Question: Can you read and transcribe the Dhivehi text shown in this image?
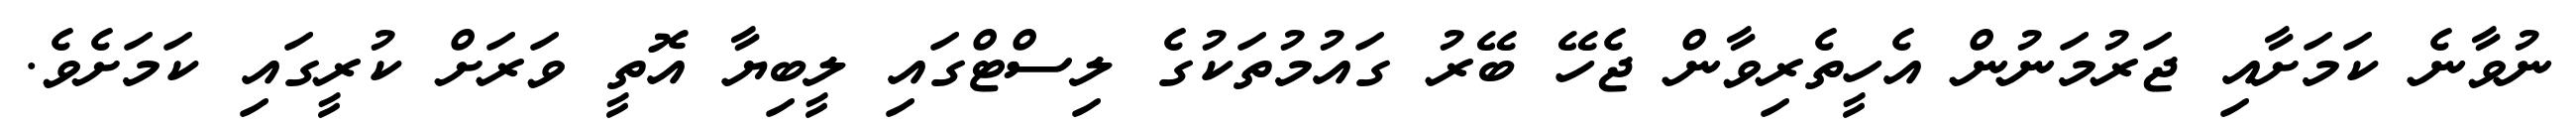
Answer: ނުވާނެ ކަމަށާއި ޖަރުމަނުން އެހީތެރިވާން ޖެހޭ ބޭރު ގައުމުތަކުގެ ލިސްޓްގައި ލީބިޔާ އޮތީ ވަރަށް ކުރީގައި ކަމަށެވެ.